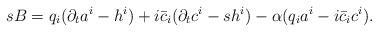
LaTeX: \begin{align*}sB = q_{i}(\partial_{t}a^{i} - h^{i}) + i\bar c_{i}(\partial_{t}c^{i} - sh^{i}) - \alpha (q_i a^i - i\bar c_{i}c^{i}).\end{align*}